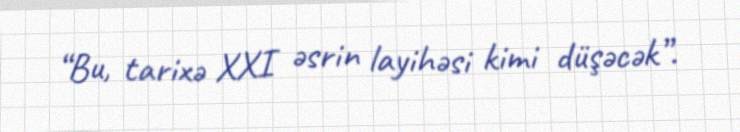
“Bu, tarixə XXI əsrin layihəsi kimi düşəcək”.